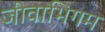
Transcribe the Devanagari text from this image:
जीवाभिगम